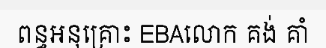
ពន្ធអនុគ្រោះ EBAលោក គង់ គាំ